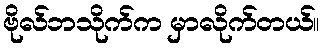
ဗိုလ်ဘသိုက်က မှာလိုက်တယ်။